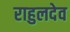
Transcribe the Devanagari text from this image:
राहुलदेव